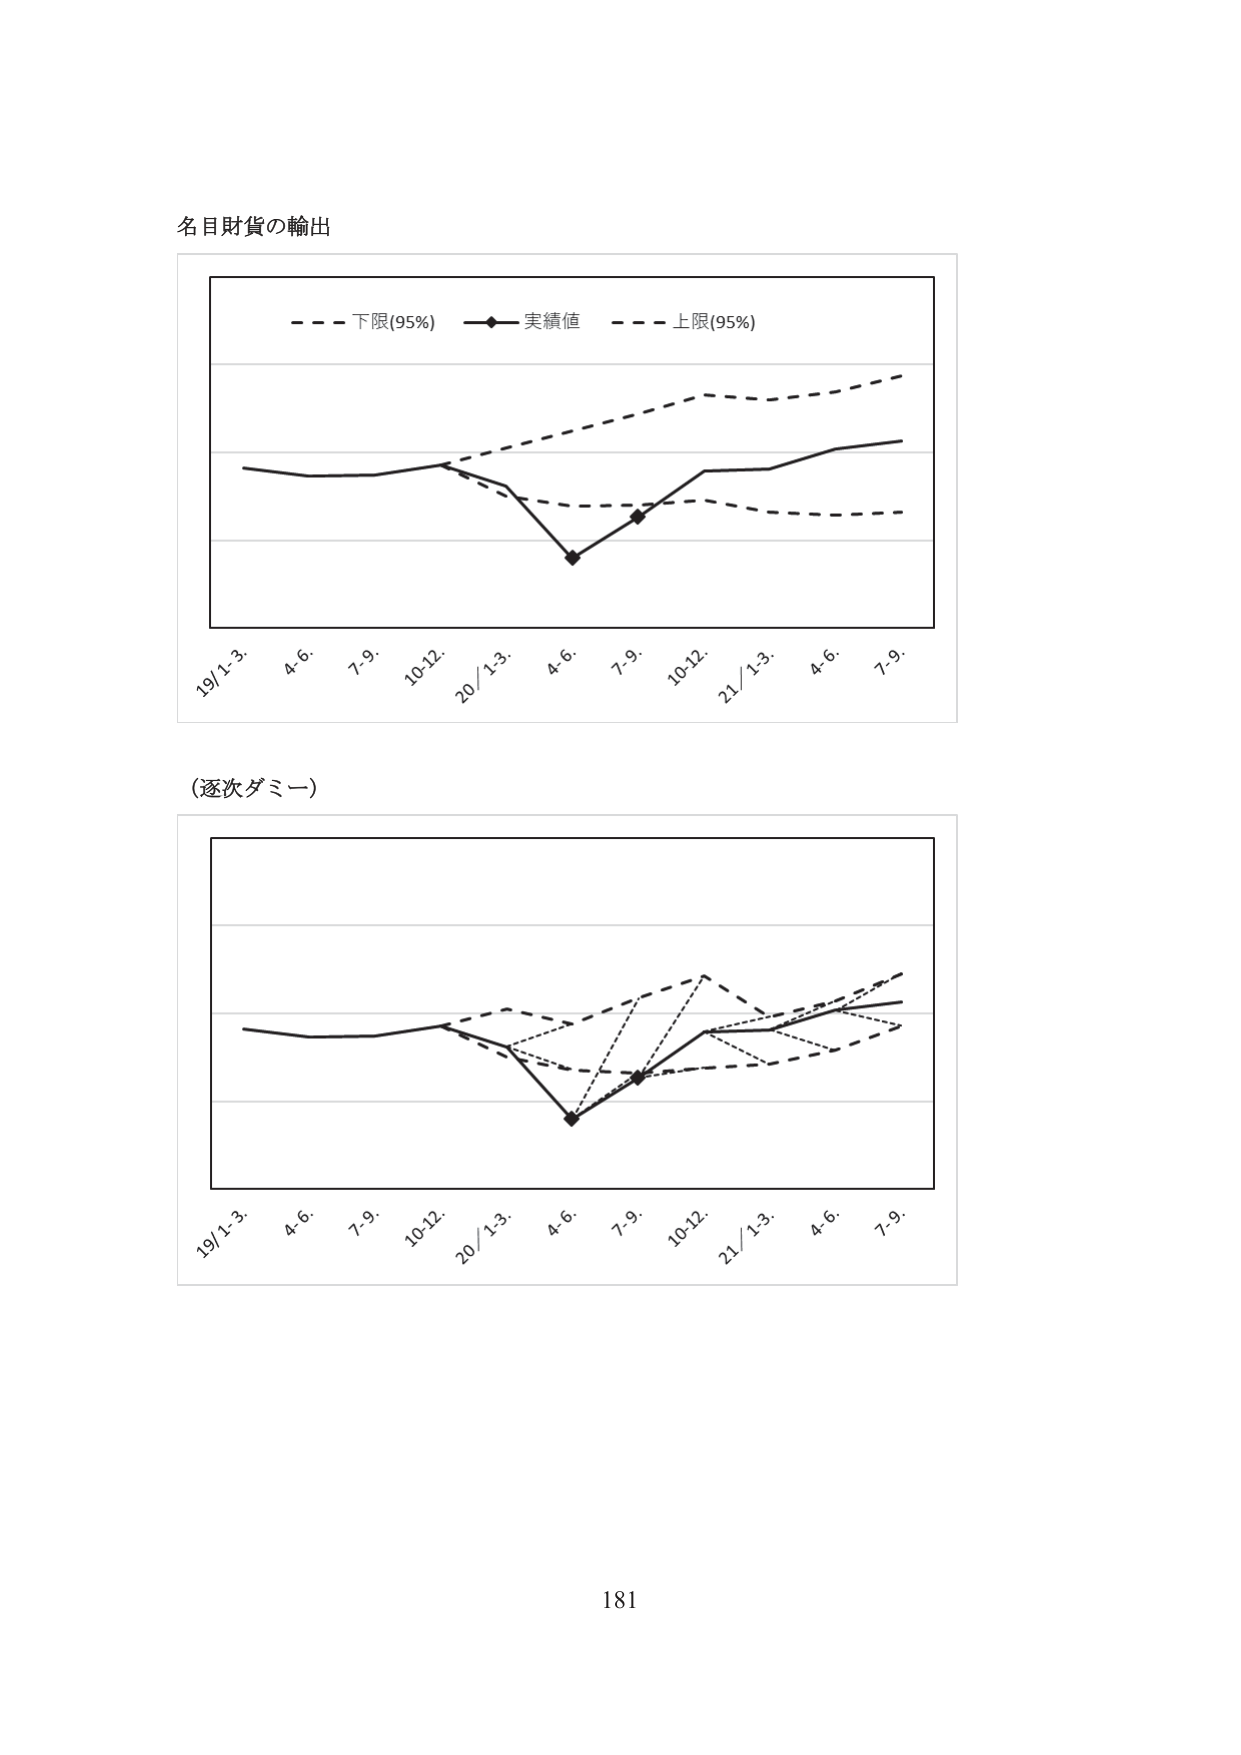
名目財貨の輸出

- - - 下限(95%) —◆— 実績値 - - - 上限(95%)

19/1-3. 4-6. 7-9. 10-12. 20/1-3. 4-6. 7-9. 10-12. 21/1-3. 4-6. 7-9.

(逐次ダミー)

19/1-3. 4-6. 7-9. 10-12. 20/1-3. 4-6. 7-9. 10-12. 21/1-3. 4-6. 7-9.

181